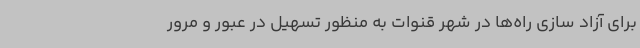
برای آزاد سازی راه‌ها در شهر قنوات به منظور تسهیل در عبور و مرور